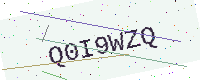
Text: Q0I9WZQ